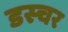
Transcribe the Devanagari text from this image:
डस्चर